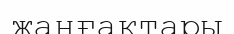
жаңғақтары